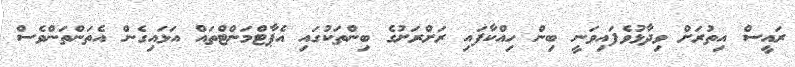
ރައީސް އިތުރަށް ވިދާޅުވެފައިވަނީ ބިން ހިއްކާފައި ރަށްރަށުގެ ބިންތަކުގައި އެޕާޓްމަންޓްތައް އަޅައިގެން އެތަންތަންވެސް